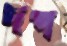
দপ